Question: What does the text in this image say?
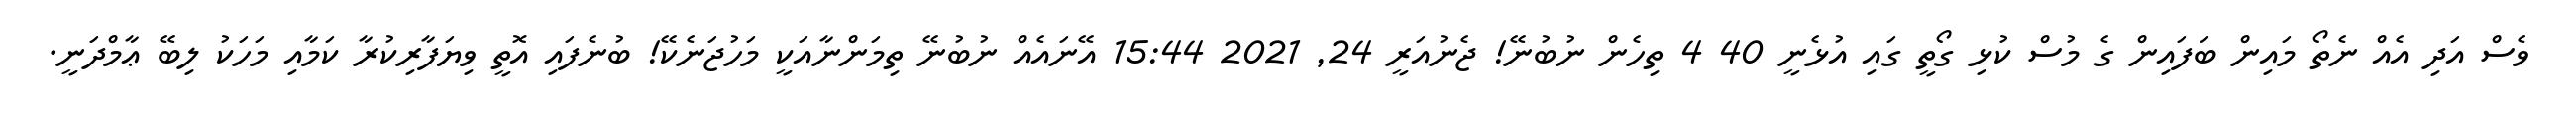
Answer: ވެސް އަދި އެއް ނެތޯ މައިން ބަފައިން ގެ މުސް ކުޅި ގޯތީ ގައި އުޅެނީ 40 4 ތިހެން ނުބުނޭ! ޖެނުއަރީ 24, 2021 15:44 އޭނައެއް ނުބުނޭ ތިމަންނާއަކީ މަހުޖަނެކޭ! ބުނެފައި އޮތީ ވިޔަފާރިކުރާ ކަމާއި މަހަކު ލިބޭ ޢާމްދަނީ.